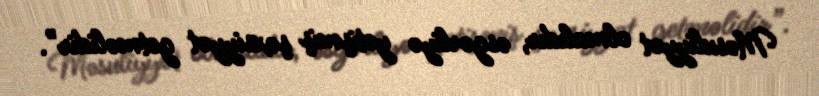
Məsuliyyət olmalıdır, əsgərliyə yetişmiş şəxsiyyət getməlidir”.